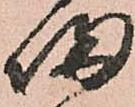
帰